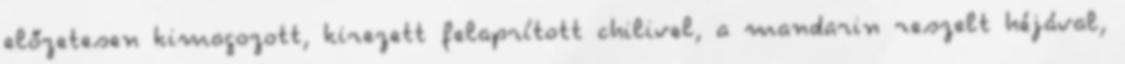
előzetesen kimagozott, kirezett felaprított chilivel, a mandarin reszelt héjával,